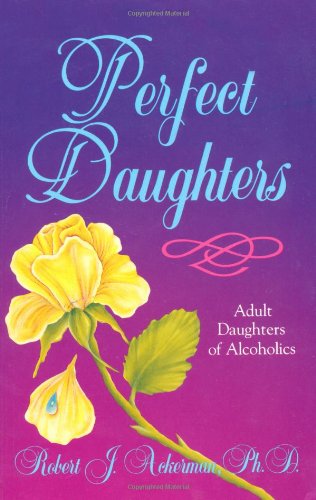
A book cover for Perfect Daughters; Robert Ackerman; Health, Fitness & Dieting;